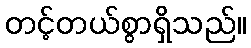
တင့်တယ်စွာရှိသည်။